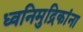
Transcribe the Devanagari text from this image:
ध्वनिमुद्रिकांना